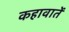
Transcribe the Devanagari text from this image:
कहावातें